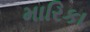
મારિકા